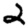
Digit: 2